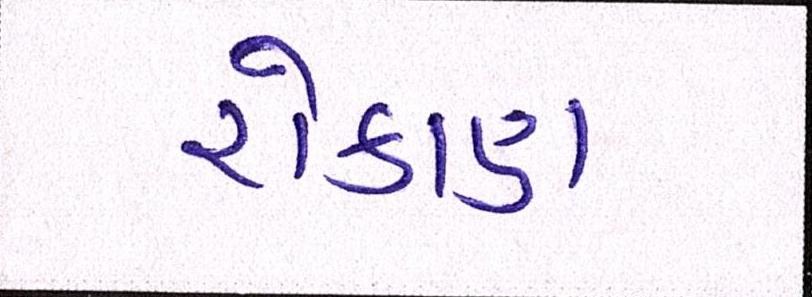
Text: રોકાણ